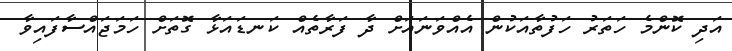
އަދި ކޮންމެ ހަތަރު ހަފުތާއަކުން އެއްވަނައަށް ދާ ފަރާތެއް ކަނޑައަޅާ ގޮތަށް ހަމަޖައްސާފައިވާ